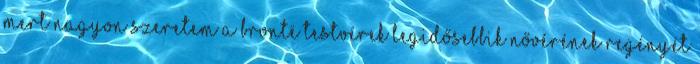
mert nagyon szeretem a Brontë testvérek legidősebbik nővérének regényét